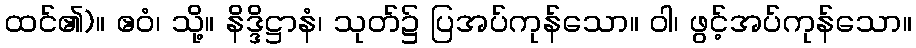
ထင်၏)။ ဧဝံ၊ သို့။ နိဒ္ဒိဋ္ဌာနံ၊ သုတ်၌ ပြအပ်ကုန်သော။ ဝါ၊ ဖွင့်အပ်ကုန်သော။